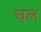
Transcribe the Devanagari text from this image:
घल